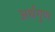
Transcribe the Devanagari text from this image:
अर्थगुण